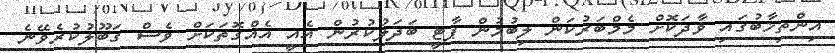
އިންތިޚާބުގައި ވާދަކޮށް މެމްބަރުކަން ލިބުމުން ޕާޓީ ބަދަލުކުރުން އެއީ އެއްގޮތަކަށް ވެސް ގަބޫލުކުރެވޭނެ